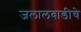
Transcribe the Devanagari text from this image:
जलालवाडीचे